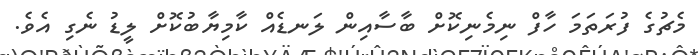
މެޗުގެ ފުރަތަމަ ހާފް ނިމެނިކޮށް ބާސާއިން ލަނޑެއް ކާމިޔާބުކޮށް ލީޑު ނެގި އެވެ.